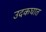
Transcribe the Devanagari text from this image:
उदकघात